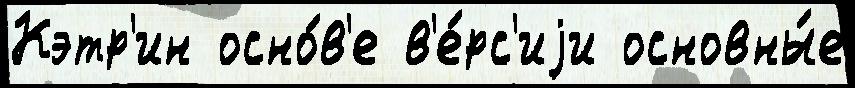
Кэтр'ин осно́в'е в'е́рс'иjи основны́е